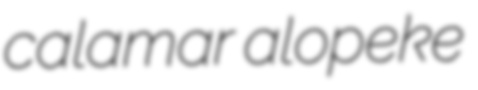
calamar alopeke